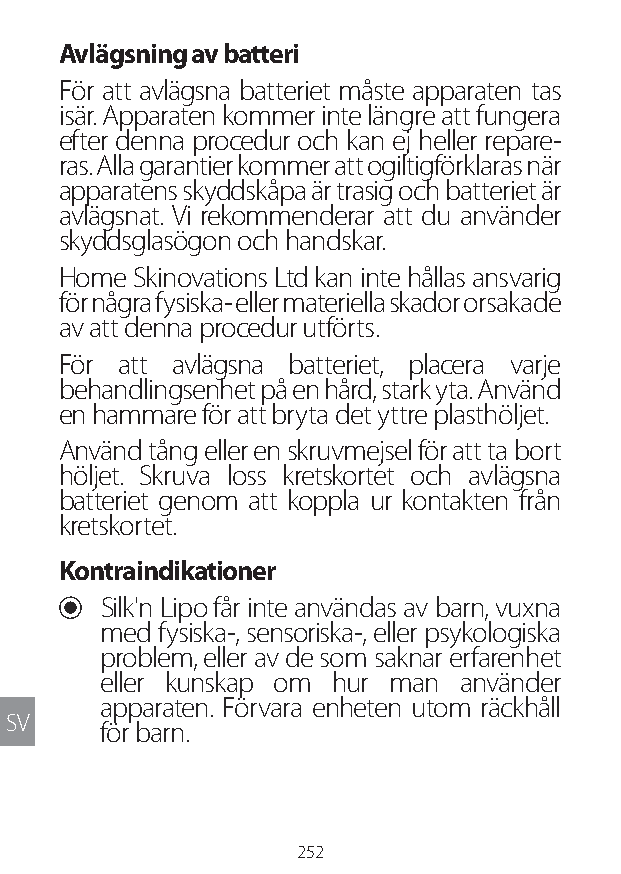
Avlägsning av batteri
 För att avlägsna batteriet måste apparaten tas
 isär. Apparaten kommer inte längre att fungera
 efter denna procedur och kan ej heller repare-
 ras. Alla garantier kommer att ogiltigförklaras när
 apparatens skyddskåpa är trasig och batteriet är
 avlägsnat. Vi rekommenderar att du använder
 skyddsglasögon och handskar.
 Home Skinovations Ltd kan inte hållas ansvarig
 för några fysiska- eller materiella skador orsakade
 av att denna procedur utförts.
 För att avlägsna batteriet, placera varje
 behandlingsenhet på en hård, stark yta. Använd
 en hammare för att bryta det yttre plasthöljet.
 Använd tång eller en skruvmejsel för att ta bort
 höljet. Skruva loss kretskortet och avlägsna
 batteriet genom att koppla ur kontakten från
 kretskortet.
 Kontraindikationer
 U Silk'n Lipo får inte användas av barn, vuxna
 med fysiska-, sensoriska-, eller psykologiska
 problem, eller av de som saknar erfarenhet
 eller kunskap om hur man använder
 apparaten. Förvara enheten utom räckhåll
 SV
 för barn.
 252
 Lipo UM EU124 3545B inside ALL EU124 ED296-24 release.indd 252 14/08/2018 10:57:48